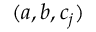
( a , b , c _ { j } )